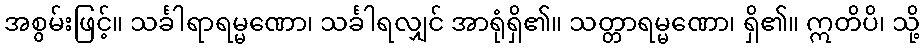
အစွမ်းဖြင့်။ သင်္ခါရာရမ္မဏော၊ သင်္ခါရလျှင် အာရုံရှိ၏။ သတ္တာရမ္မဏော၊ ရှိ၏။ ဣတိပိ၊ သို့